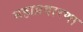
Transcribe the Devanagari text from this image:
महाप्रवारणा